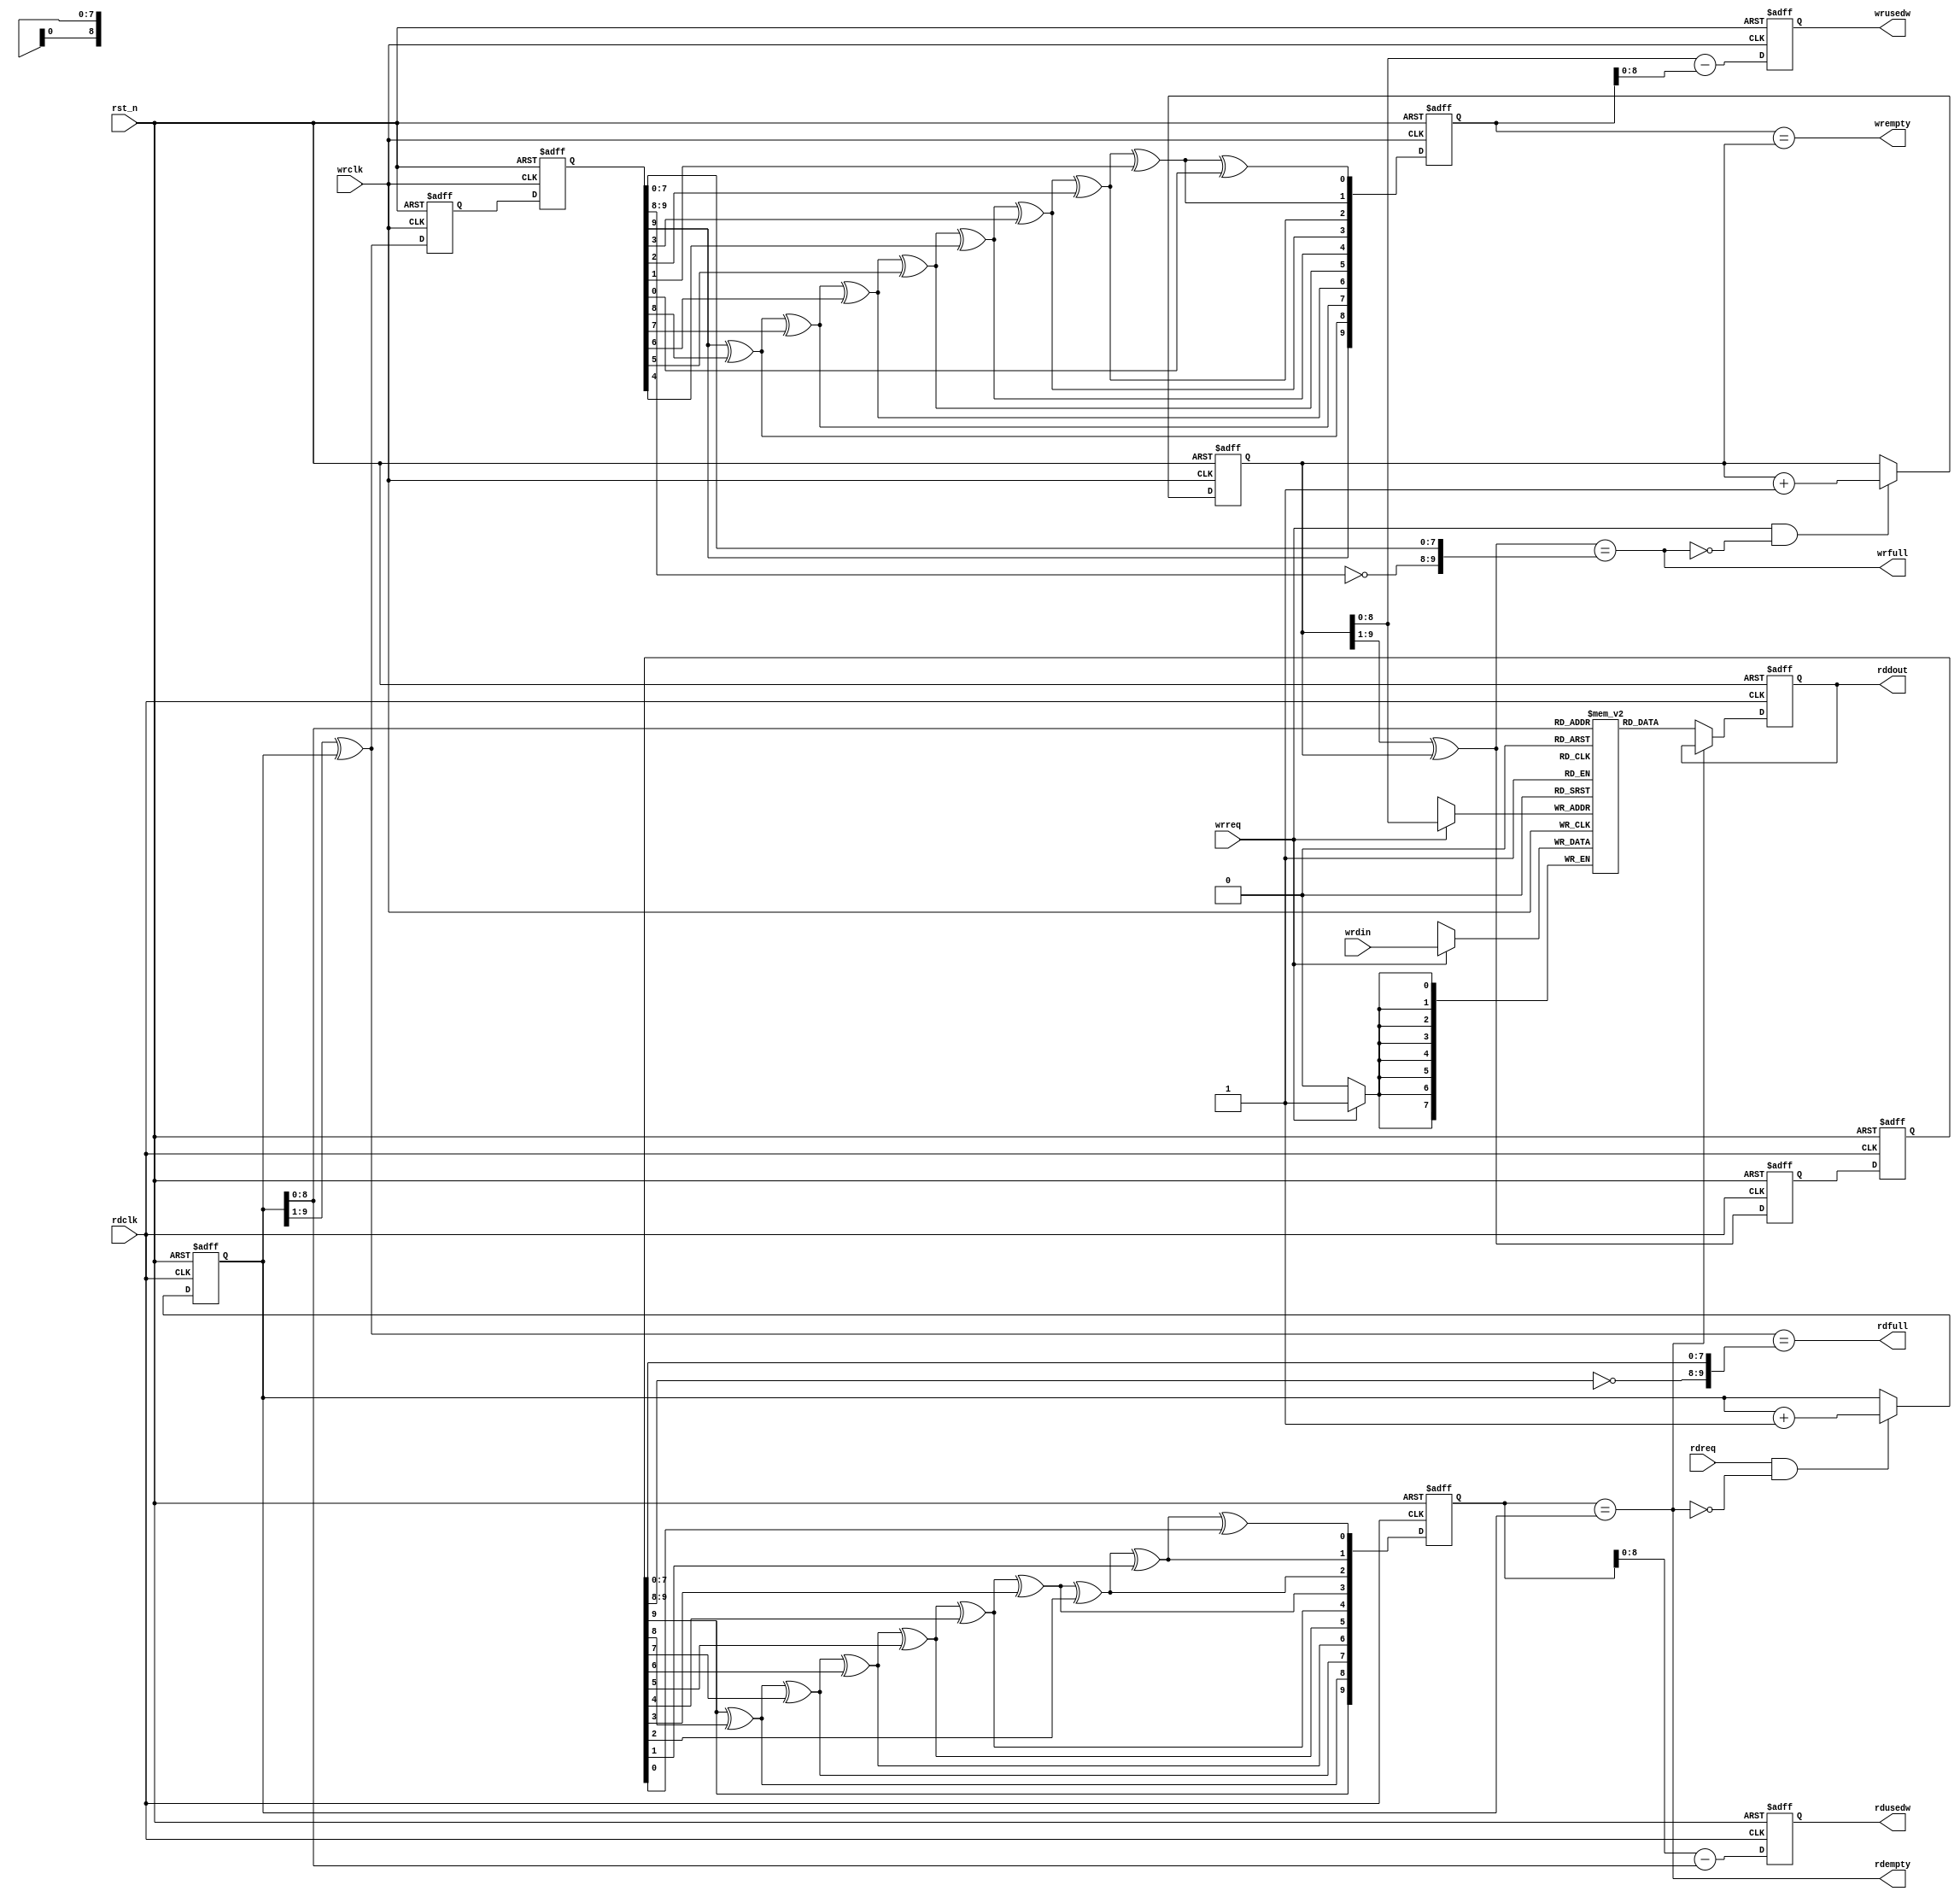
/********************************  *********************************

DescriptionVerilogFIFOFIFO
AuthorLZ

****************************************************************************/



`define AHEAD_MODE //
//`define NOMAL_MODE //
module async_fifo #(parameter FIFO_WIDTH = 8,FIFO_DEPTH = 512)(
    rst_n       ,// 
    //
    wrclk       ,//
    wrreq       ,//
    wrdin       ,//
    wrfull      ,//
    wrempty     ,//
    wrusedw     ,//
    //
    rdclk       ,//
    rdreq       ,//
    rddout      ,//
    rdfull      ,//
    rdempty     ,//
    rdusedw      //           
);

//
    localparam  ADDR_W = log2b(FIFO_DEPTH),
                DATA_W = FIFO_WIDTH;

//function
/*************  ************************/

    function integer log2b(input integer data);
        begin 
            for(log2b=0;data>0;log2b=log2b+1)  
                data = data>>1;
            log2b = log2b - 1;
        end  
    endfunction

/************************************************************************/

/**********************    ****************************/
//op_code0
//op_code1
    function [ADDR_W:0] BIN_GRAY(input op_code,input [ADDR_W:0] data);
        integer i;
        begin 
            if(~op_code)begin 		//
               BIN_GRAY = (data >>1) ^ data;
            end 
            else if(op_code)begin 	//
                BIN_GRAY[ADDR_W] = data[ADDR_W];
                for(i = ADDR_W-1;i >= 0; i = i - 1)begin 
                    BIN_GRAY[i] = BIN_GRAY[i+1] ^ data[i];
                end 
            end 
         end 
    endfunction

/***********************************************************************/


//   
    input                           rst_n   ;// 
    //
    input                           wrclk   ;//
    input                           wrreq   ;//
    input   [DATA_W-1:0]            wrdin   ;//
    output                          wrfull  ;//
    output                          wrempty ;//
    output  [ADDR_W-1:0]            wrusedw ;//

    //
    input                           rdclk   ;//
    input                           rdreq   ;//
    output  [DATA_W-1:0]            rddout  ;//
    output                          rdfull  ;//
    output                          rdempty ;//
    output  [ADDR_W-1:0]            rdusedw ;//

//
    reg     [DATA_W-1:0]            mem[FIFO_DEPTH-1:0] ;//FIFO

    reg     [ADDR_W  :0]            wr_pointer          ;//
    reg     [ADDR_W  :0]            rd_pointer          ;//

    wire    [ADDR_W-1:0]            wr_addr_bin         ;//
    wire    [ADDR_W-1:0]            rd_addr_bin         ;//

    wire    [ADDR_W  :0]            wr_pointer_g        ;//
    wire    [ADDR_W  :0]            rd_pointer_g        ;//

    reg     [ADDR_W  :0]            rd_wrptr_sync_r0    ;//
    reg     [ADDR_W  :0]            rd_wrptr_sync_r1    ;//
    reg     [ADDR_W  :0]            wr_rdptr_sync_r0    ;//
    reg     [ADDR_W  :0]            wr_rdptr_sync_r1    ;//

    wire    [ADDR_W  :0]            rd_wrptr_bin_next   ;//
    reg     [ADDR_W  :0]            rd_wrptr_bin        ;
    wire    [ADDR_W  :0]            wr_rdptr_bin_next   ;//
    reg     [ADDR_W  :0]            wr_rdptr_bin        ;

    //
    reg     [DATA_W-1:0]            rddata              ;//
    wire                            wr_full             ;
    wire                            wr_empty            ;
    reg     [ADDR_W-1:0]            wr_usedw            ;//
    reg     [ADDR_W-1:0]            rd_usedw            ;//
    wire                            rd_full             ;
    wire                            rd_empty            ;
    
//
    
    always  @(posedge wrclk or negedge rst_n)begin
        if(~rst_n)begin
            wr_pointer <= 0;
        end
        else if(wrreq & ~wr_full)begin      //
            wr_pointer <= wr_pointer +1;
        end
    end
	 
    assign wr_addr_bin = wr_pointer[ADDR_W-1:0];
    
    //
    always  @(posedge wrclk)begin
        if(wrreq)begin
            mem[wr_addr_bin] <= wrdin;
        end
    end

//  
    
    always  @(posedge rdclk or negedge rst_n)begin
        if(~rst_n)begin
            rd_pointer <= 0;
        end
        else if(rdreq & ~rd_empty)begin
            rd_pointer <= rd_pointer + 1;
        end
    end
    
    assign rd_addr_bin = rd_pointer[ADDR_W-1:0];

    //   
    always  @(posedge rdclk or negedge rst_n)begin
        if(~rst_n)begin
            rddata <= 0;
        end
        else if(~rd_empty)begin
            rddata <= mem[rd_addr_bin];
        end
    end
    
//

    assign wr_pointer_g = BIN_GRAY(0,wr_pointer);//
    assign rd_pointer_g = BIN_GRAY(0,rd_pointer);//

//  
    always  @(posedge rdclk or negedge rst_n)begin
        if(~rst_n)begin
            rd_wrptr_sync_r0 <= 0;
            rd_wrptr_sync_r1 <= 0;
        end
        else begin
            rd_wrptr_sync_r0 <= wr_pointer_g;
            rd_wrptr_sync_r1 <= rd_wrptr_sync_r0;
        end
    end

// 
    always  @(posedge wrclk or negedge rst_n)begin
        if(~rst_n)begin
            wr_rdptr_sync_r0 <= 0;
            wr_rdptr_sync_r1 <= 0;
        end
        else begin
            wr_rdptr_sync_r0 <= rd_pointer_g;
            wr_rdptr_sync_r1 <= wr_rdptr_sync_r0;
        end
    end

    always  @(posedge rdclk or negedge rst_n)begin
        if(~rst_n)begin
            rd_wrptr_bin <= 0;
        end
        else begin
            rd_wrptr_bin <= rd_wrptr_bin_next;//
        end
    end

    always  @(posedge wrclk or negedge rst_n)begin
        if(~rst_n)begin
            wr_rdptr_bin <= 0;
        end
        else begin
            wr_rdptr_bin <= wr_rdptr_bin_next;//
        end
    end

    assign rd_wrptr_bin_next = BIN_GRAY(1,rd_wrptr_sync_r1);//
    assign wr_rdptr_bin_next = BIN_GRAY(1,wr_rdptr_sync_r1);//

//
/*
    always  @(posedge wrclk or negedge rst_n)begin
        if(~rst_n)begin
            wr_full  <= 1'b0;
            wr_empty <= 1'b1;
        end
        else begin
            wr_full  <= wr_pointer_g == {~rd_addr_sync_r1[ADDR_W -:2],rd_addr_sync_r1[ADDR_W-2:0]};//
            wr_empty <= wr_rdaddr_bin_next == wr_pointer;
        end
    end

    always  @(posedge rdclk or negedge rst_n)begin
        if(~rst_n)begin
            rd_full  <= 0;
            rd_empty <= 1'b1;
        end
        else begin
            rd_full  <= rd_pointer_g == {~wr_addr_sync_r1[ADDR_W -:2],wr_addr_sync_r1[ADDR_W-2:0]};//
            rd_empty <= rd_wraddr_bin_next == rd_pointer;
        endwrfull
    end
*/

    assign wr_full = wr_pointer_g == {~wr_rdptr_sync_r1[ADDR_W -:2],wr_rdptr_sync_r1[ADDR_W-2:0]};//
    assign rd_full = rd_pointer_g == {~rd_wrptr_sync_r1[ADDR_W -:2],rd_wrptr_sync_r1[ADDR_W-2:0]};//

    assign wr_empty = wr_rdptr_bin == wr_pointer;
    assign rd_empty = rd_wrptr_bin == rd_pointer;


    //wr_usedw  
    always  @(posedge wrclk or negedge rst_n)begin
        if(~rst_n)begin
            wr_usedw <= 0;
        end
        else begin
            wr_usedw <= wr_pointer - wr_rdptr_bin;//-
        end
    end
    
    //rd_usedw  
    always  @(posedge rdclk or negedge rst_n)begin
        if(~rst_n)begin
            rd_usedw <= 0;
        end
        else begin
            rd_usedw <= rd_wrptr_bin - rd_pointer;//-
        end
    end

//

    assign wrfull  = wr_full    ;//
    assign wrempty = wr_empty   ;//
    assign wrusedw = wr_usedw   ;//

    assign rddout  = rddata     ;//
    assign rdfull  = rd_full    ;//
    assign rdempty = rd_empty   ;//
    assign rdusedw = rd_usedw   ;//

endmodule